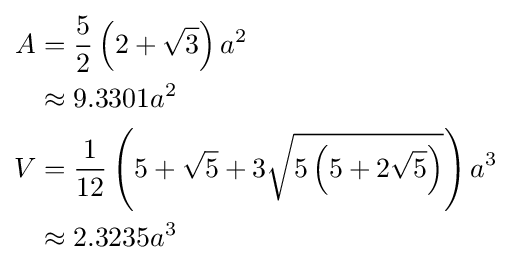
{\begin{aligned}A&={\frac {5}{2}}\left(2+{\sqrt {3}}\right)a^{2}\\&\approx 9.3301a^{2}\\V&={\frac {1}{12}}\left(5+{\sqrt {5}}+3{\sqrt {5\left(5+2{\sqrt {5}}\right)}}\right)a^{3}\\&\approx 2.3235a^{3}\end{aligned}}